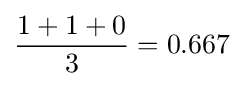
{\frac {1+1+0}{3}}=0.667